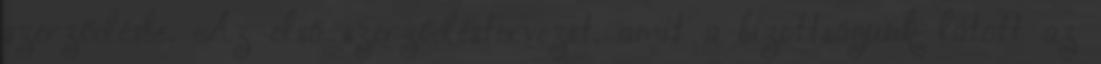
szerződésbe. Az első szerződéstervezet, amit a bizottságunk látott az